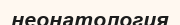
неонатология